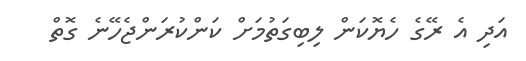
އަދި އެ ރޭގެ ހެޔޮކަން ލިބިގަތުމަށް ކަންކުރަންޖެހޭނެ ގޮތް